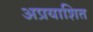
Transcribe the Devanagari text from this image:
अप्रयाशित